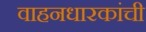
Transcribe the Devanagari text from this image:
वाहनधारकांची